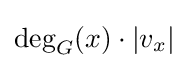
\deg _{G}(x)\cdot |v_{x}|